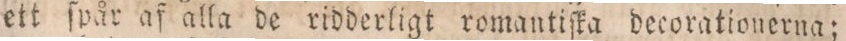
ett ſpår af alla de ridderligt romantiſka decorationerna;